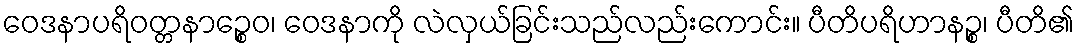
ဝေဒနာပရိဝတ္တနာဉ္စေဝ၊ ဝေဒနာကို လဲလှယ်ခြင်းသည်လည်းကောင်း။ ပီတိပရိဟာနဉ္စ၊ ပီတိ၏